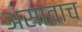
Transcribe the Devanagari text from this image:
असावाच